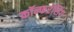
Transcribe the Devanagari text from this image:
कॉन्फरंसिंग